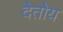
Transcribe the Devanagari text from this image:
देतोय